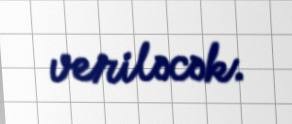
veriləcək.